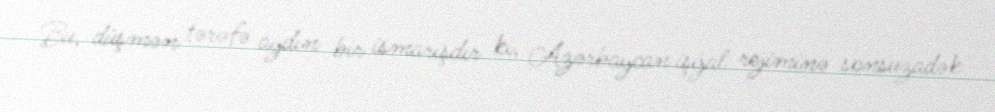
Bu, düşmən tərəfə aydın bir ismarışdır ki, Azərbaycan işğal rejiminə sonsuzadək